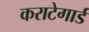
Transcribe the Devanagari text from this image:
कराटेगार्ड